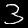
Digit: 3